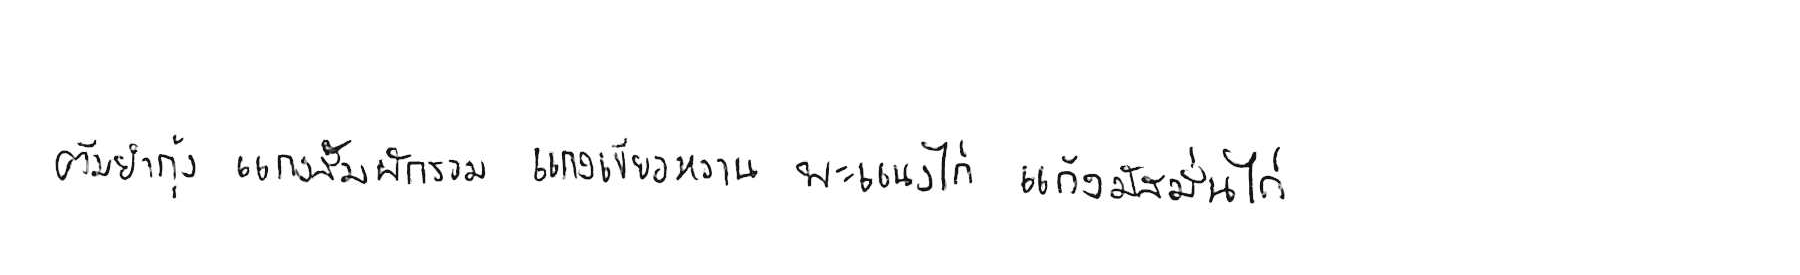
ต้มยำกุ้ง แกงส้มผักรวม แกงเขียวหวาน พะแนงไก่ แกงมัสมั่นไก่